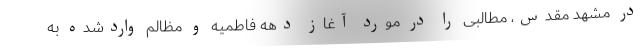
در مشهد مقدس، مطالبی را در مورد آغاز دهه فاطمیه و مظالم واردشده به